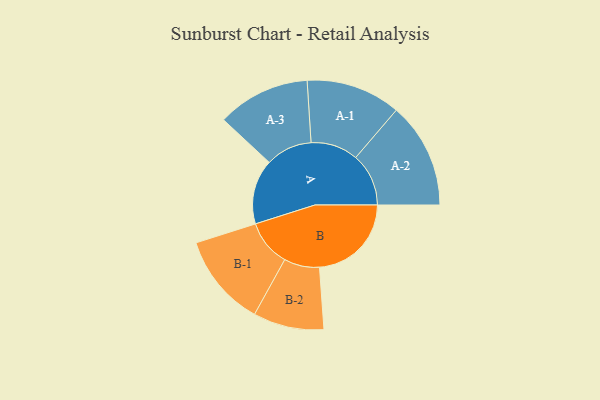
{"axis": {"x": "Segment", "y": "Value"}, "legend": ["", "A", "B"], "data": [{"x": "A", "y": 304, "type": ""}, {"x": "B", "y": 431, "type": ""}, {"x": "A-1", "y": 222, "type": "A"}, {"x": "A-2", "y": 248, "type": "A"}, {"x": "A-3", "y": 218, "type": "A"}, {"x": "B-1", "y": 218, "type": "B"}, {"x": "B-2", "y": 166, "type": "B"}]}